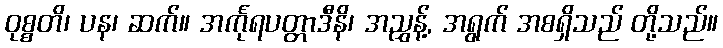
ဝုစ္စတိ၊ ပန၊ ဆက်။ အင်္ကုရပတ္တာဒီနိ၊ အညွှန့်, အရွက် အစရှိသည် တို့သည်။